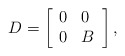
\begin{align*}D=\left[\begin{array}{ll}0&0\\0&B\end{array}\right],\end{align*}